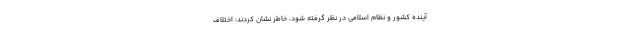
آینده کشور و نظام اسلامی در نظر گرفته شود، خاطر نشان کردند: اختلاف